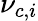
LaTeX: \nu_{c,i}